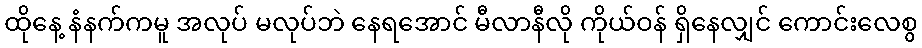
ထိုနေ့ နံနက်ကမူ အလုပ် မလုပ်ဘဲ နေရအောင် မီလာနီလို ကိုယ်ဝန် ရှိနေလျှင် ကောင်းလေစွ